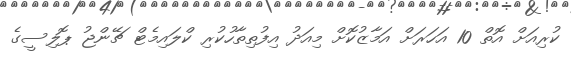
ކުރިއަށް އޮތް 10 އަހަރަށް އަމާޒުކޮށް މިއަދު އިފުތިތާހުކުރި ކްލައިމެޓް ޗޭންޖު ޕޮލިސީގެ